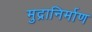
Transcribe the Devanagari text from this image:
मुद्रानिर्माण